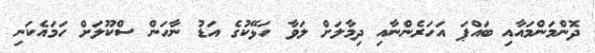
ދޮންމަންމައާއި ބައްްޕަ އަހަރެންނާއި ދިމާލަށް ލަވާ ހަޅޭކުގެ އަޑު ނާހަން ސްކޫލަށް ހަމައެކަނި